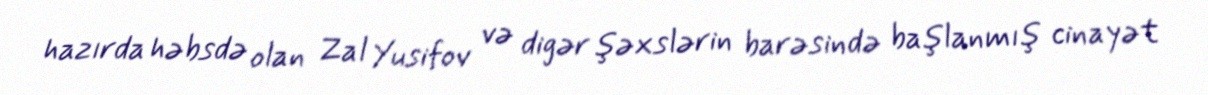
hazırda həbsdə olan Zal Yusifov və digər şəxslərin barəsində başlanmış cinayət